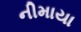
નીમાયા